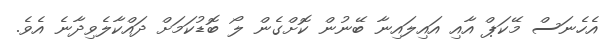
އެހެނަސް މޭކަޕް އާއި އައިލައިނާ ބޭނުން ކޮށްގެން ލޯ ބޮޑުކަމަށް ދައްކާލެވިދާނެ އެވެ.